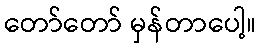
တော်တော် မှန်တာပေါ့။